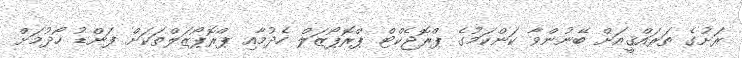
ރަށުގެ ތަރައްޤީއަށް ބޭނުންވާ ކަންކަމުގެ ޕްރޮޖެކްޓް ޕްރޮޕޯޒަލް ހެދުމާއި ޕްރޮޕޯޒަލްތަކަށް ފަންޑު ހޯދުމަށް